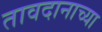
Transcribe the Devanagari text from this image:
तावदानाच्या